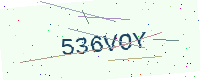
Text: 536VOY